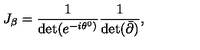
J _ { \beta } = \frac { 1 } { \det ( e ^ { - i \theta ^ { 0 } ) } } \frac { 1 } { \det ( { \bar { \partial } } ) } ,